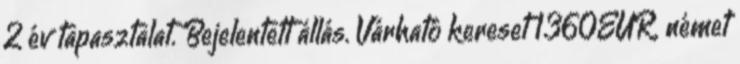
2 év tapasztalat. Bejelentett állás. Várható kereset 1360EUR. német